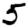
Digit: 5